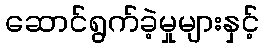
ဆောင်ရွက်ခဲ့မှုများနှင့်